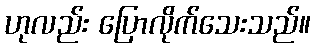
ဟုလည်း ပြောလိုက်သေးသည်။